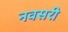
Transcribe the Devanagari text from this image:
नवसरी